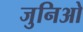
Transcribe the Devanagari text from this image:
जुनिओ